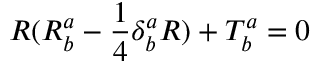
R ( R _ { b } ^ { a } - \frac { 1 } { 4 } \delta _ { b } ^ { a } R ) + T _ { b } ^ { a } = 0